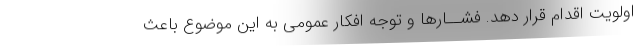
اولویت اقدام قرار دهد. فشــارها و توجه افکار عمومی به این موضوع باعث